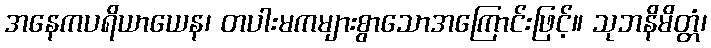
အနေကပရိယာယေန၊ တပါးမကများစွာသောအကြောင်းဖြင့်။ သုဘနိမိတ္တံ၊